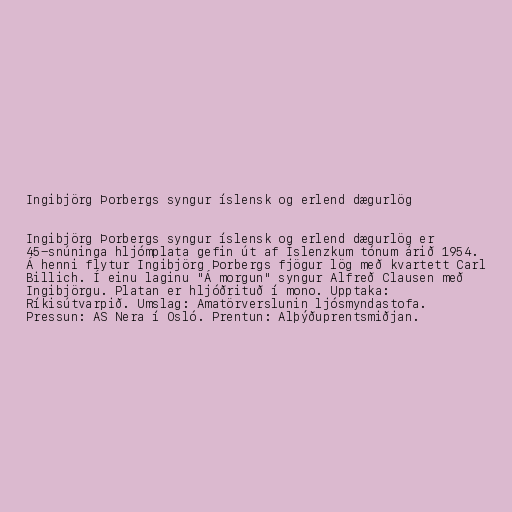
Ingibjörg Þorbergs syngur íslensk og erlend dægurlög

Ingibjörg Þorbergs syngur íslensk og erlend dægurlög er
45-snúninga hljómplata gefin út af Íslenzkum tónum árið 1954.
Á henni flytur Ingibjörg Þorbergs fjögur lög með kvartett Carl
Billich. Í einu laginu "Á morgun" syngur Alfreð Clausen með
Ingibjörgu. Platan er hljóðrituð í mono. Upptaka:
Ríkisútvarpið. Umslag: Amatörverslunin ljósmyndastofa.
Pressun: AS Nera í Osló. Prentun: Alþýðuprentsmiðjan.